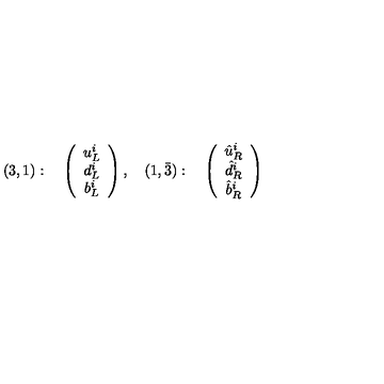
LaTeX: ( 3 , 1 ) : \quad \left( \begin{array} { c } { u _ { L } ^ { i } } \\ { d _ { L } ^ { i } } \\ { b _ { L } ^ { i } } \\ \end{array} \right) , \quad ( 1 , \bar { 3 } ) : \quad \left( \begin{array} { c } { \hat { u } _ { R } ^ { i } } \\ { \hat { d } _ { R } ^ { i } } \\ { \hat { b } _ { R } ^ { i } } \\ \end{array} \right)